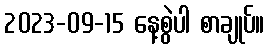
2023-09-15 နေ့စွဲပါ စာချုပ်။